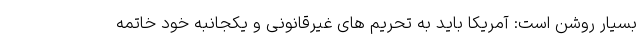
بسیار روشن است: آمریکا باید به تحریم های غیرقانونی و یکجانبه خود خاتمه